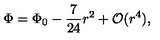
\Phi = \Phi _ { 0 } - \frac { 7 } { 2 4 } r ^ { 2 } + { \cal O } ( r ^ { 4 } ) ,